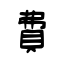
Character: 費